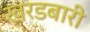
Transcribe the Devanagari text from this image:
खरडबारी